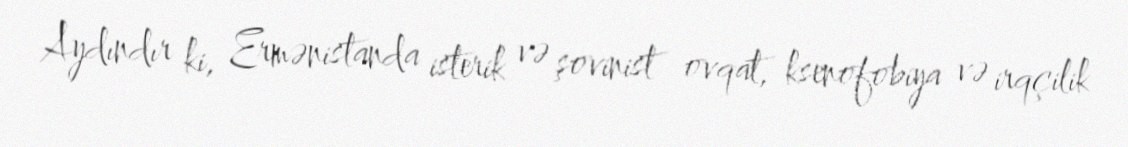
Aydındır ki, Ermənistanda isterik və şovinist ovqat, ksenofobiya və irqçilik